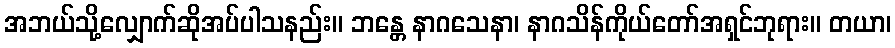
အဘယ်သို့လျှောက်ဆိုအပ်ပါသနည်း။ ဘန္တေ နာဂသေနာ၊ နာဂသိန်ကိုယ်တော်အရှင်ဘုရား။ တယာ၊